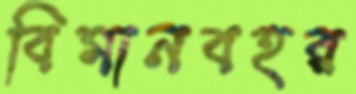
বিমানবহর